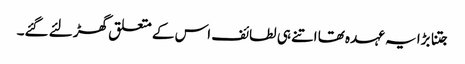
جتنا بڑا یہ عہدہ تھا اتنے ہی لطائف اس کے متعلق گھڑ لئے گئے۔